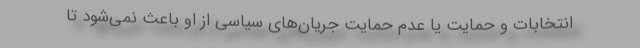
انتخابات و حمایت یا عدم حمایت جریان‌های سیاسی از او باعث نمی‌شود تا